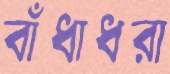
বাঁধাধরা